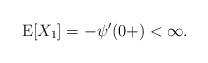
LaTeX: \begin{align*}\mathrm{E}[X_1]=-\psi'(0+)<\infty.\end{align*}